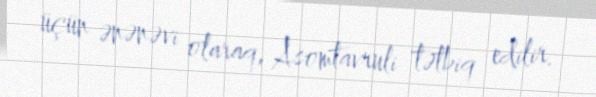
üçün ənənəvi olaraq, Asomtavruli tətbiq edilir.